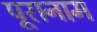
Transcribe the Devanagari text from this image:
पूरानाम